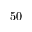
5 0